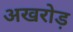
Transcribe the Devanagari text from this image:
अखरोड़